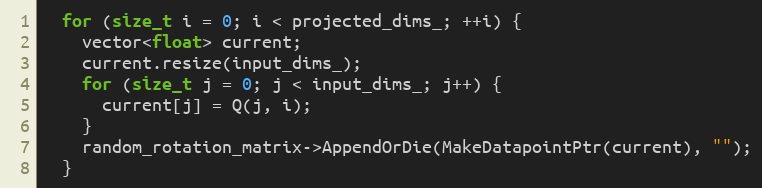
Language: C++
  for (size_t i = 0; i < projected_dims_; ++i) {
    vector<float> current;
    current.resize(input_dims_);
    for (size_t j = 0; j < input_dims_; j++) {
      current[j] = Q(j, i);
    }
    random_rotation_matrix->AppendOrDie(MakeDatapointPtr(current), "");
  }